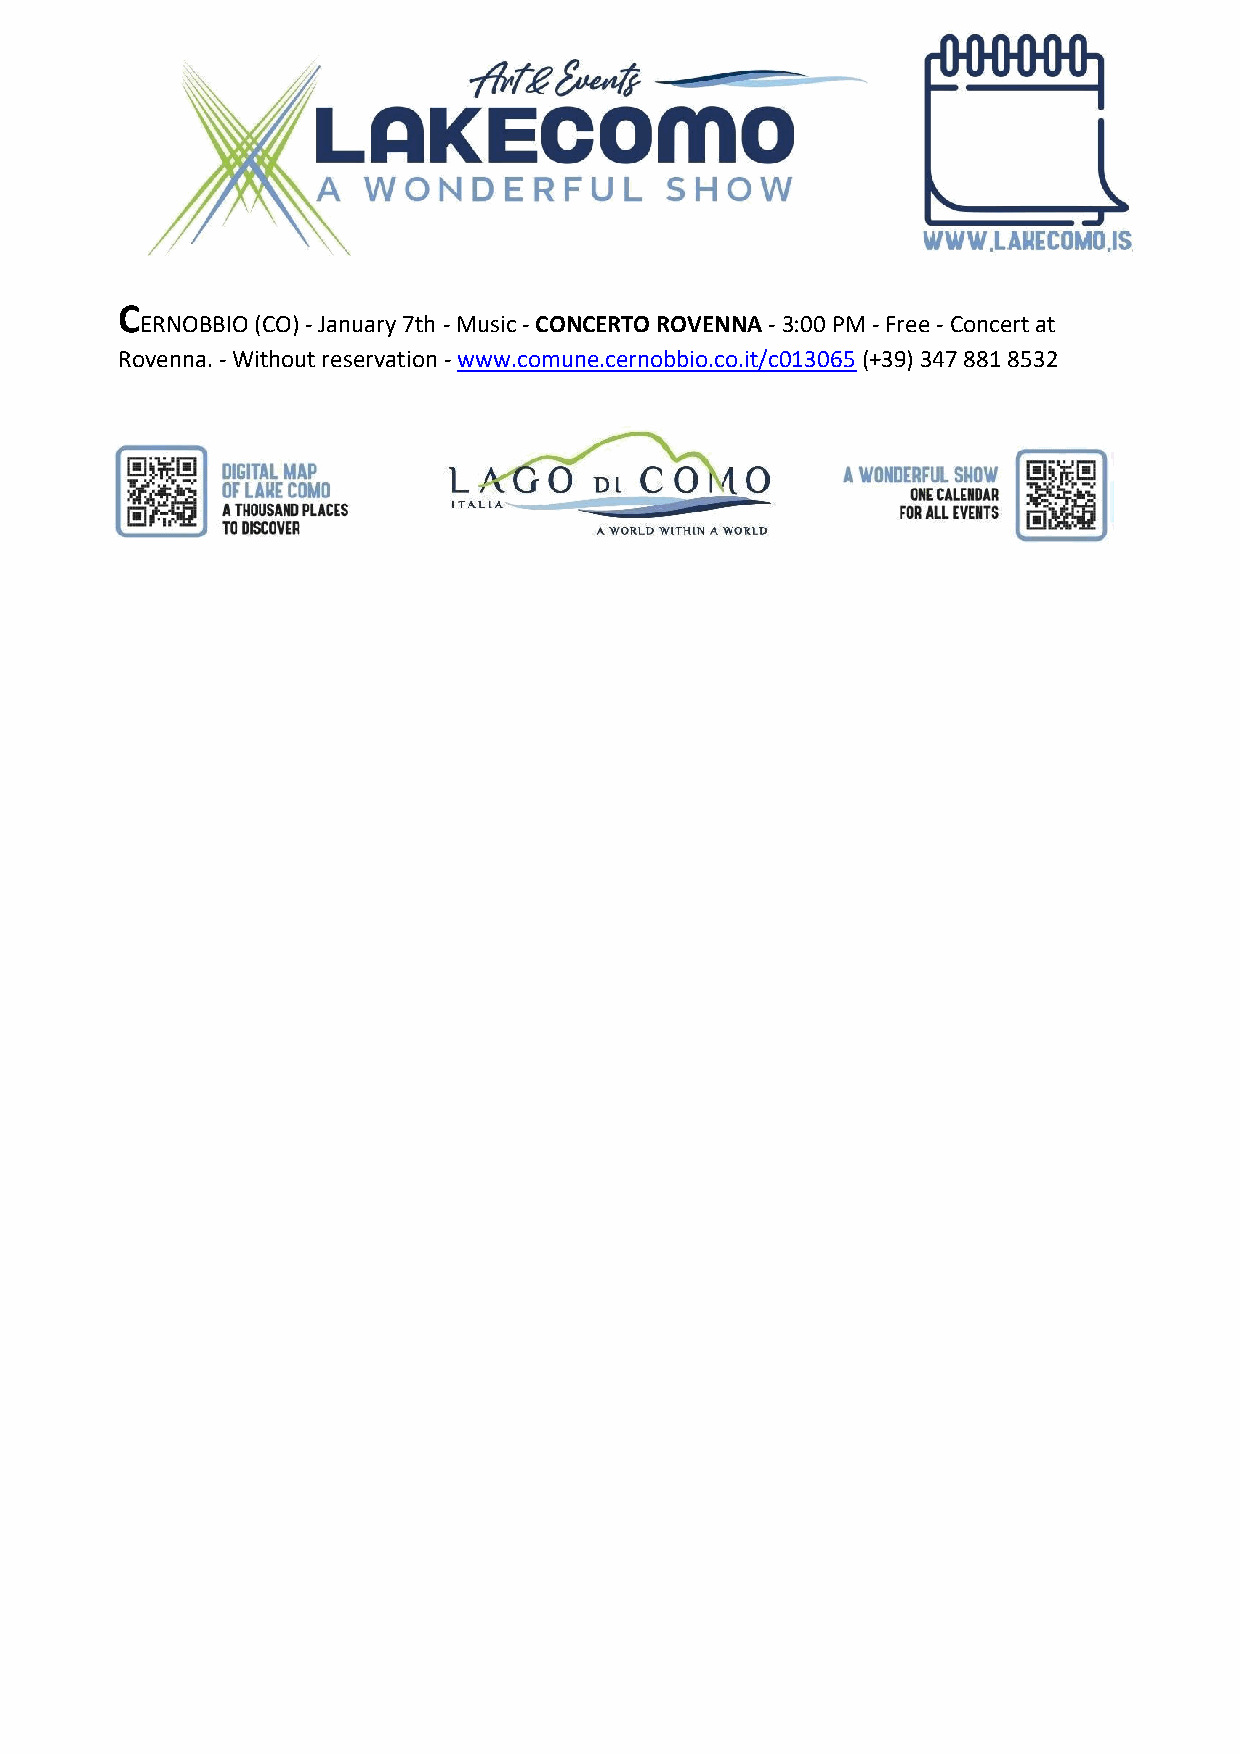
7
 JANUARY
 C
 ERNOBBIO (CO) - January 7th - Music - CONCERTO ROVENNA - 3:00 PM - Free - Concert at
 Rovenna. - Without reservation - www.comune.cernobbio.co.it/c013065 (+39) 347 881 8532